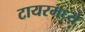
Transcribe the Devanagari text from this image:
टायरमध्ये